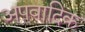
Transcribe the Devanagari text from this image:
अपवादिक